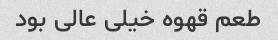
طعم قهوه خیلى عالى بود